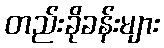
တည်းခိုခန်းများ